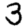
Digit: 3